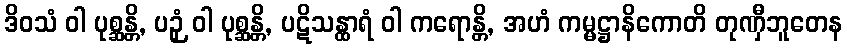
ဒိဝသံ ဝါ ပုစ္ဆန္တိ, ပဉှံ ဝါ ပုစ္ဆန္တိ, ပဋိသန္ထာရံ ဝါ ကရောန္တိ, အဟံ ကမ္မဋ္ဌာနိကောတိ တုဏှီဘူတေန